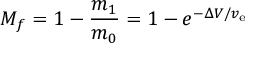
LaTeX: M _ { f } = 1 - { \frac { m _ { 1 } } { m _ { 0 } } } = 1 - e ^ { - \Delta V / v _ { \mathrm { e } } }